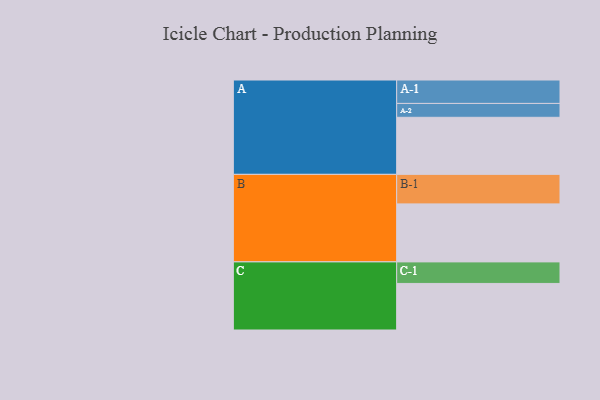
{"axis": {"x": "Segment", "y": "Value"}, "legend": ["", "A", "B", "C"], "data": [{"x": "A", "y": 543, "type": ""}, {"x": "B", "y": 552, "type": ""}, {"x": "C", "y": 443, "type": ""}, {"x": "A-1", "y": 223, "type": "A"}, {"x": "A-2", "y": 132, "type": "A"}, {"x": "B-1", "y": 281, "type": "B"}, {"x": "C-1", "y": 205, "type": "C"}]}